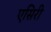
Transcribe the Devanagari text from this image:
एसिरी